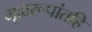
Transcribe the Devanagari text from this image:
मूळरूपांतहि